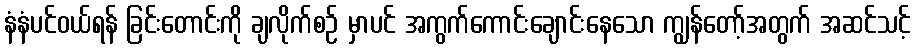
နံနံပင်ဝယ်ရန် ခြင်းတောင်းကို ချလိုက်စဉ် မှာပင် အကွက်ကောင်းချောင်းနေသော ကျွန်တော့်အတွက် အဆင်သင့်